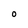
Character: o